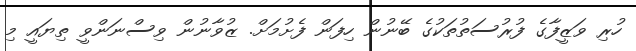
ހުރި ވަޒީފާގެ ފުރުސަތުތަކުގެ ބޭނުން ހިފަން ފެށުމަށް. ޒުވާނުން ވިސްނަންވީ ތިޔައީ މި